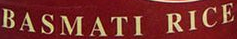
BASMATI RICE